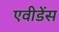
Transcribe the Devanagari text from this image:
एवीडेंस